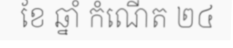
ខែ ឆ្នាំ កំណើត ២៤